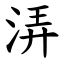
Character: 㳥